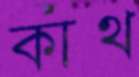
কাথ